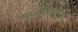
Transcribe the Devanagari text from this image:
व्यंजनापाठोपाठ